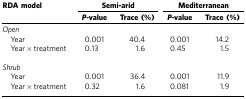
<table><thead><tr><td><b>RDA model</b></td><td colspan="2"><b>Semi-arid</b></td><td colspan="2"><b>Mediterranean</b></td></tr><tr><td><b> </b></td><td><b><i>P-</i>value</b></td><td><b>Trace (%)</b></td><td><b><i>P-</i>value</b></td><td><b>Trace (%)</b></td></tr></thead><tbody><tr><td colspan="5"><i>Open</i></td></tr><tr><td> Year</td><td>0.001</td><td>40.4</td><td>0.001</td><td>14.2</td></tr><tr><td> Year × treatment</td><td>0.13</td><td>1.6</td><td>0.45</td><td>1.5</td></tr><tr><td> </td><td> </td><td> </td><td> </td><td> </td></tr><tr><td colspan="5"><i>Shrub</i></td></tr><tr><td> Year</td><td>0.001</td><td>36.4</td><td>0.001</td><td>11.9</td></tr><tr><td> Year × treatment</td><td>0.32</td><td>1.6</td><td>0.081</td><td>1.9</td></tr></tbody></table>